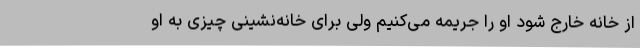
از خانه خارج شود او را جریمه می‌کنیم ولی برای خانه‌نشینی چیزی به او